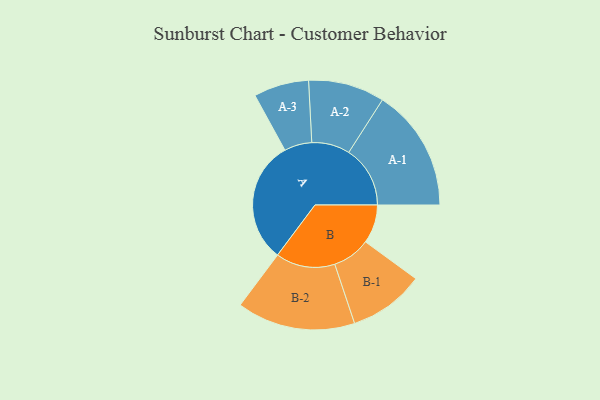
{"axis": {"x": "Segment", "y": "Value"}, "legend": ["", "A", "B"], "data": [{"x": "A", "y": 453, "type": ""}, {"x": "B", "y": 143, "type": ""}, {"x": "A-1", "y": 227, "type": "A"}, {"x": "A-2", "y": 141, "type": "A"}, {"x": "A-3", "y": 102, "type": "A"}, {"x": "B-1", "y": 140, "type": "B"}, {"x": "B-2", "y": 219, "type": "B"}]}